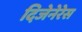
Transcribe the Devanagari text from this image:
दिजेनेरेस